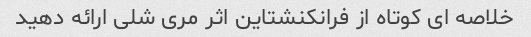
خلاصه ای کوتاه از فرانکنشتاین اثر مری شلی ارائه دهید